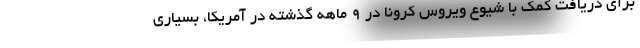
برای دریافت کمک با شیوع ویروس کرونا در 9 ماهه گذشته در آمریکا، بسیاری